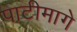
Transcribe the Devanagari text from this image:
पाटीमागे